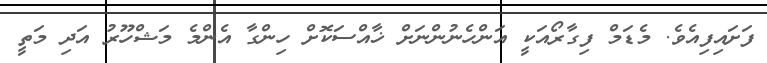
ފަށައިފިއެވެ. މެޑަމް ފިގާރޯއަކީ އަންހެނުންނަށް ޚާއްސަކޮށް ހިންގާ އެންމެ މަޝްހޫރު އަދި މަތީ